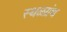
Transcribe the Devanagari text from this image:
स्थळग्रंथ